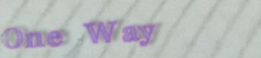
One Way